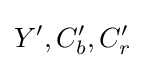
Y',C_{b}',C_{r}'